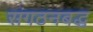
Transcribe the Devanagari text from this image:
संगठनबद्ध